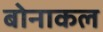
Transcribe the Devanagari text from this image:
बोनाकल